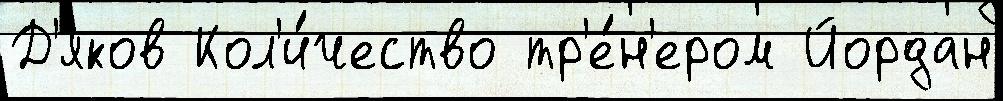
Д'яков Кол'и́чество тр'е́н'ером Йордан